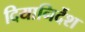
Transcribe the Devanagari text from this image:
दियानिर्देश